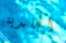
الجلدية